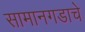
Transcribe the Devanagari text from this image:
सामानगडाचे